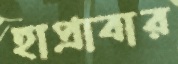
হাপ্‌রাবার